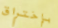
بإختراق